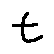
t